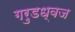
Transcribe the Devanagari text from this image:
गरुडध्वज